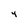
Character: Y